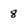
Character: 8